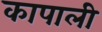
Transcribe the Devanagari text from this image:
कापाली